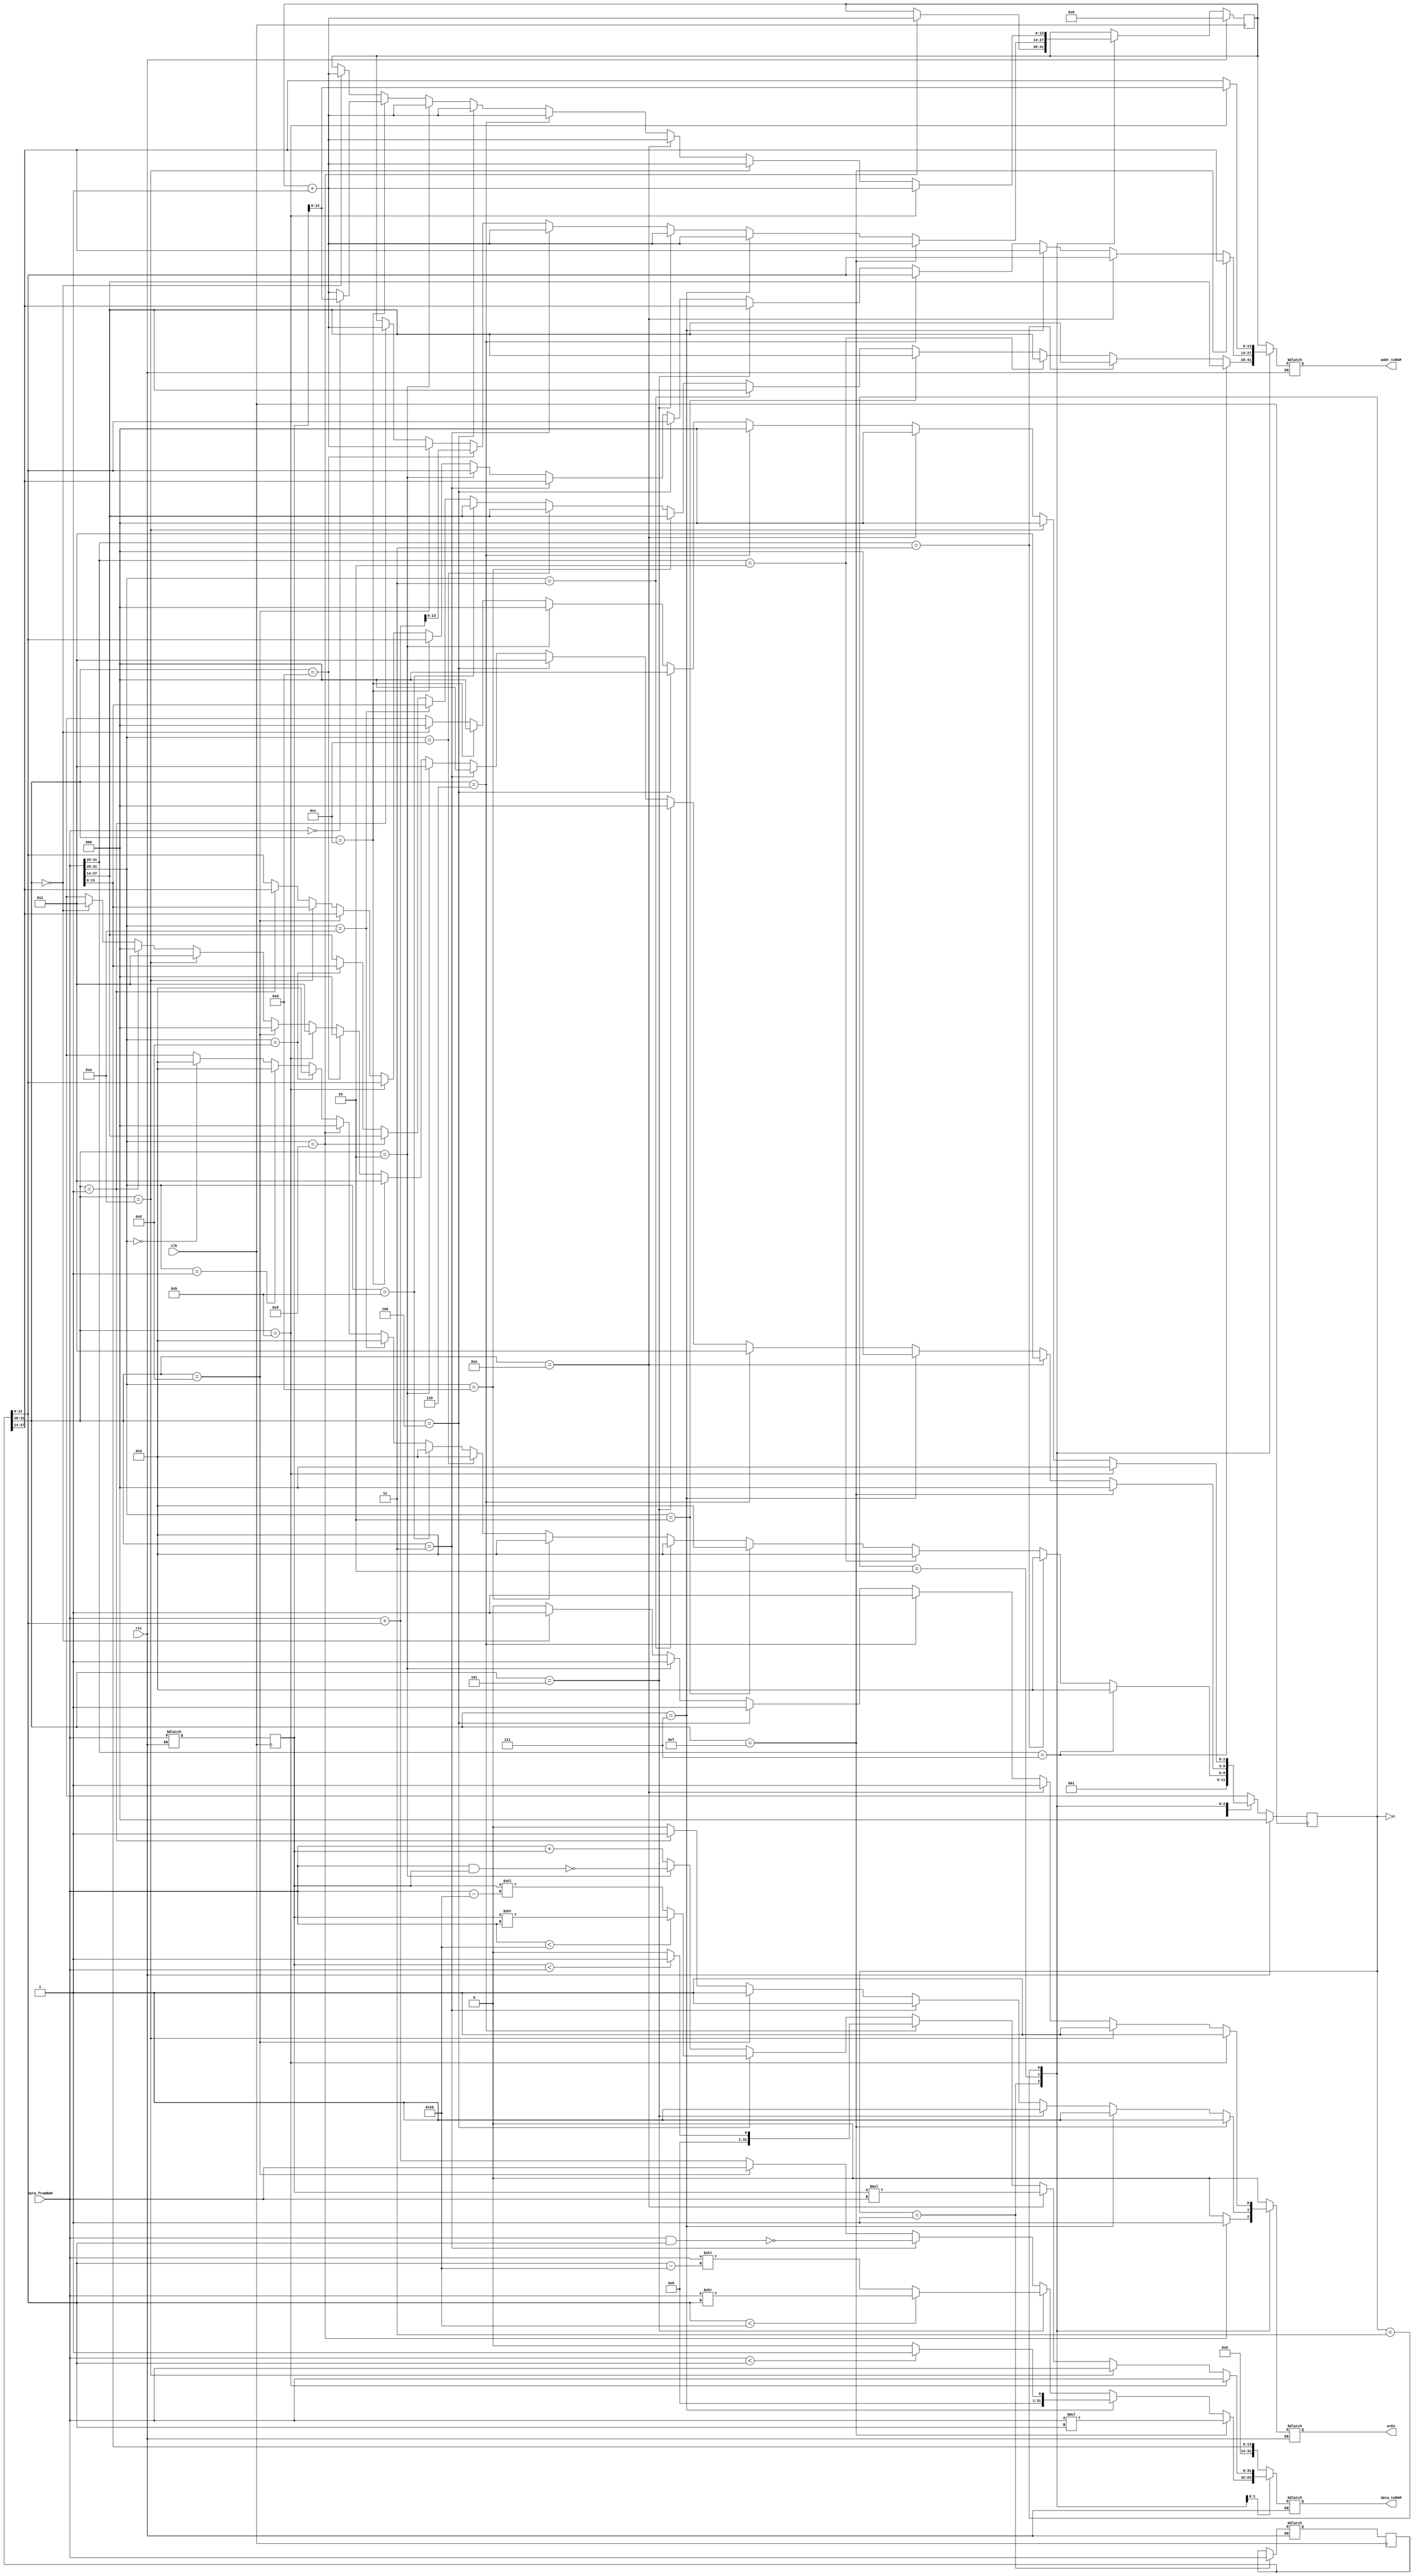
`timescale 1ns / 1ps
module VSCPU (clk, rst, data_fromRAM, wrEn, addr_toRAM, data_toRAM);
  input clk, rst;
  output reg wrEn;
  input [31:0] data_fromRAM;
  output reg [31:0] data_toRAM;
  output reg [13:0] addr_toRAM;
  
  reg [2:0] st, stN;
  reg [13:0] PC, PCN;
  reg [31:0] IW, IWN;
  reg [31:0] R1, R1N;
  
  always @(posedge clk) begin
    st <= stN;
    PC <= PCN;
    IW <= IWN;
    R1 <= R1N;
  end
  
  always @ * begin
   if (rst) begin
     stN = 3'd0;
     PCN = 14'd0;
   end
   else begin
     wrEn = 1'b0;
     PCN = PC;
     IWN = IW;
     stN = 3'dx;
     addr_toRAM= 14'hX;
     data_toRAM= 32'hX;
     R1N= 32'hX;

     case (st) 
     3'd0: begin // S0: Fetch State
       addr_toRAM = PC;
       stN = 3'd1;
     end
     3'd1: begin // S1: Decode State
       IWN = data_fromRAM;
       if(data_fromRAM[31:28] == 4'b0000)//ADD
       begin
         addr_toRAM = data_fromRAM[27:14];
         stN = 3'd2;
       end
       if(data_fromRAM[31:28] == 4'b0001)//ADDi
       begin
         addr_toRAM = data_fromRAM[27:14];
         stN = 3'd2;
       end
       if(data_fromRAM[31:28] == 4'b1000)//CP
       begin
         addr_toRAM = data_fromRAM[13:0];
         stN = 3'd2;
       end
       if(data_fromRAM[31:28] == 4'b1001)//CPi 
       begin
         wrEn = 1'b1;
         addr_toRAM = data_fromRAM[27:14];
         data_toRAM = data_fromRAM[13:0];
         PCN = PC + 14'd1;
         stN = 3'd0;
       end
       if(data_fromRAM[31:28] == 4'b1010)//CPI
       begin
         addr_toRAM = data_fromRAM[13:0];
         stN = 3'd2;
       end
       if(data_fromRAM[31:28] == 4'b1011)//CPIi
       begin
         addr_toRAM = data_fromRAM[27:14];
         stN = 3'd2;
       end
       if(data_fromRAM[31:28] == 4'b1100)//BZJ
       begin
         addr_toRAM = data_fromRAM[27:14];
         stN = 3'd2;
       end
       if(data_fromRAM[31:28] == 4'b1101)//BZJi
       begin
         addr_toRAM = data_fromRAM[27:14];
         stN = 3'd2;
       end
       if(data_fromRAM[31:28] == 4'b0011)//NANDi
       begin
         addr_toRAM = data_fromRAM[27:14];
         stN = 3'd2;
       end
       if(data_fromRAM[31:28] == 4'b0010)//NAND
       begin
         addr_toRAM = data_fromRAM[27:14];
         stN = 3'd2;
       end
       if(data_fromRAM[31:29] == 3'b010)//SRL and SRLi
       begin
         addr_toRAM = data_fromRAM[27:14];
         stN = 3'd2;
       end
       if(data_fromRAM[31:29] == 3'b011)//LT and LTi
        begin
         addr_toRAM = data_fromRAM[27:14];
         stN = 3'd2;
        end
       if(data_fromRAM[31:29] == 3'b111)//MUL and MULi
       begin
         addr_toRAM = data_fromRAM[27:14];
         stN = 3'd2;
       end
     end
     3'd2: begin // S2: Decode/Execute State
       if(IW[31:28] == 4'b0000)//ADD
       begin
         R1N = data_fromRAM;
         addr_toRAM = IW[13:0];
         stN = 3'd3;
       end
       if (IW[31:28]==4'b0001) begin // ADDi
         wrEn = 1'b1;
         addr_toRAM = IW[27:14];
         data_toRAM = data_fromRAM + IW[13:0];
         PCN = PC + 14'd1;
         stN = 3'd0;
       end
		 if(IW[31:28] == 4'b1010)// CPI
       begin
         addr_toRAM = data_fromRAM;
         stN=3'd3;
       end
       if (IW[31:28]==4'b1000) begin // CP
         wrEn = 1'b1;
         addr_toRAM = IW[27:14];
         data_toRAM = data_fromRAM;
         PCN = PC + 14'd1;
         stN = 3'd0;
       end
       
       if(IW[31:28] == 4'b1011)// CPIi
       begin
         R1N = data_fromRAM;
         addr_toRAM = IW[13:0];
         stN = 3'd3;
       end
		 if (IW[31:28]==4'b1101) begin // BZJi
         PCN = (data_fromRAM + IW[13:0]);
         stN = 3'd0;
       end
       if (IW[31:28]==4'b1100) begin // BZJ
         R1N=data_fromRAM;
         addr_toRAM = IW[13:0];
         stN = 3'd3;
       end
       
		 if(IW[31:28] == 4'b0010)//NAND
       begin
         R1N = data_fromRAM;
         addr_toRAM = IW[13:0];
         stN = 3'd3;
       end
       if(IW[31:28] == 4'b0011)//NANDi
       begin
         wrEn = 1'b1;
         addr_toRAM = IW[27:14];
         data_toRAM = ~(data_fromRAM & IW[13:0]);
         PCN = PC + 14'd1;
         stN = 3'd0;
       end
       if(IW[31:28] == 4'b0100)//SRL
       begin
         R1N = data_fromRAM;
         addr_toRAM = IW[13:0];
         stN = 3'd3;
       end
       if(IW[31:28] == 4'b0101)//SRLi
       begin
         wrEn = 1'b1;
         addr_toRAM = IW[27:14];
         data_toRAM = (IW[13:0] < 6'd32) ? (data_fromRAM >> IW[13:0]) : (data_fromRAM << (IW[13:0] - 6'd32));
         PCN = PC + 14'd1;
         stN = 3'd0;
       end
       if(IW[31:28] == 4'b0110)//LT
        begin
         R1N = data_fromRAM;
         addr_toRAM = IW[13:0];
         stN = 3'd3;
        end
       if(IW[31:28] == 4'b0111)//LTi
       begin
         wrEn = 1'b1;
         addr_toRAM = IW[27:14];
         data_toRAM = (data_fromRAM < IW[13:0]) ? 32'd1 : 32'd0;
         PCN = PC + 14'd1;
         stN = 3'd0;
       end
       if(IW[31:28] == 4'b1110)//MUL
       begin
         R1N = data_fromRAM;
         addr_toRAM = IW[13:0];
         stN = 3'd3;
       end
       if(IW[31:28] == 4'b1111)//MULi
       begin
         wrEn = 1'b1;
         addr_toRAM = IW[27:14];
         data_toRAM = (data_fromRAM * IW[13:0]);
         PCN = PC + 14'd1;
         stN = 3'd0;
       end
     end
     3'd3: begin // S3: Execute State
       if(IW[31:28] == 4'b0000)//ADD
       begin
         wrEn = 1'b1;
         addr_toRAM = IW[27:14];
         data_toRAM = data_fromRAM + R1;
         PCN = PC + 14'd1;
         stN = 3'd0;
       end
       if (IW[31:28]==4'b1100) begin // BZJ
         if (data_fromRAM == 0)
            PCN=R1;
         else
            PCN = PC + 14'd1;
         stN = 3'd0;
       end
       if(IW[31:28] == 4'b0010)//NAND
       begin
         wrEn = 1'b1;
         addr_toRAM = IW[27:14];
         data_toRAM = ~(data_fromRAM & R1);
         PCN = PC + 14'd1;
         stN = 3'd0;
       end
       if(IW[31:28] == 4'b0100)//SRL
       begin
         wrEn = 1'b1;
         addr_toRAM = IW[27:14];
         data_toRAM = (data_fromRAM < 6'd32) ? (R1 >> data_fromRAM) : (R1 << (data_fromRAM - 6'd32));
         PCN = PC + 14'd1;
         stN = 3'd0;
       end
       if(IW[31:28] == 4'b0110)//LT
       begin
         wrEn = 1'b1;
         addr_toRAM = IW[27:14];
         data_toRAM = (R1 < data_fromRAM) ? 32'd1 : 32'd0;
         PCN = PC + 14'd1;
         stN = 3'd0;
       end
       if(IW[31:28] == 4'b1110)//MUL
       begin
         wrEn = 1'b1;
         addr_toRAM = IW[27:14];
         data_toRAM = (R1 * data_fromRAM);
         PCN = PC + 14'd1;
         stN = 3'd0;
       end
       if(IW[31:28] == 4'b1010)// CPI
       begin
         wrEn = 1'b1;
         addr_toRAM = IW[27:14];
         data_toRAM = data_fromRAM;
         PCN = PC + 14'd1;
         stN = 3'd0;
       end
       if(IW[31:28] == 4'b1011)// CPIi
       begin
         wrEn = 1'b1;
         addr_toRAM = R1;
         data_toRAM = data_fromRAM;
         PCN = PC + 14'd1;
         stN = 3'd0;
       end
     end
     endcase
   end // else
 end // always 	
endmodule

module blram(clk, rst, we, addr, din, dout);
  parameter SIZE = 14, DEPTH = 2**SIZE;

  input clk;
  input rst;
  input we;
  input [SIZE-1:0] addr;
  input [31:0] din;
  output reg [31:0] dout;

  reg [31:0] mem [DEPTH-1:0];

  always @(posedge clk) begin
    dout <= #1 mem[addr[SIZE-1:0]];
    if (we)
      mem[addr[SIZE-1:0]] <= #1 din;
  end 
endmodule